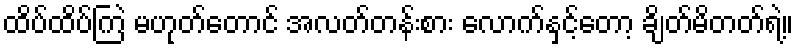
ထိပ်ထိပ်ကြဲ မဟုတ်တောင် အလတ်တန်းစား လောက်နှင့်တော့ ချိတ်မိတတ်ရဲ့။